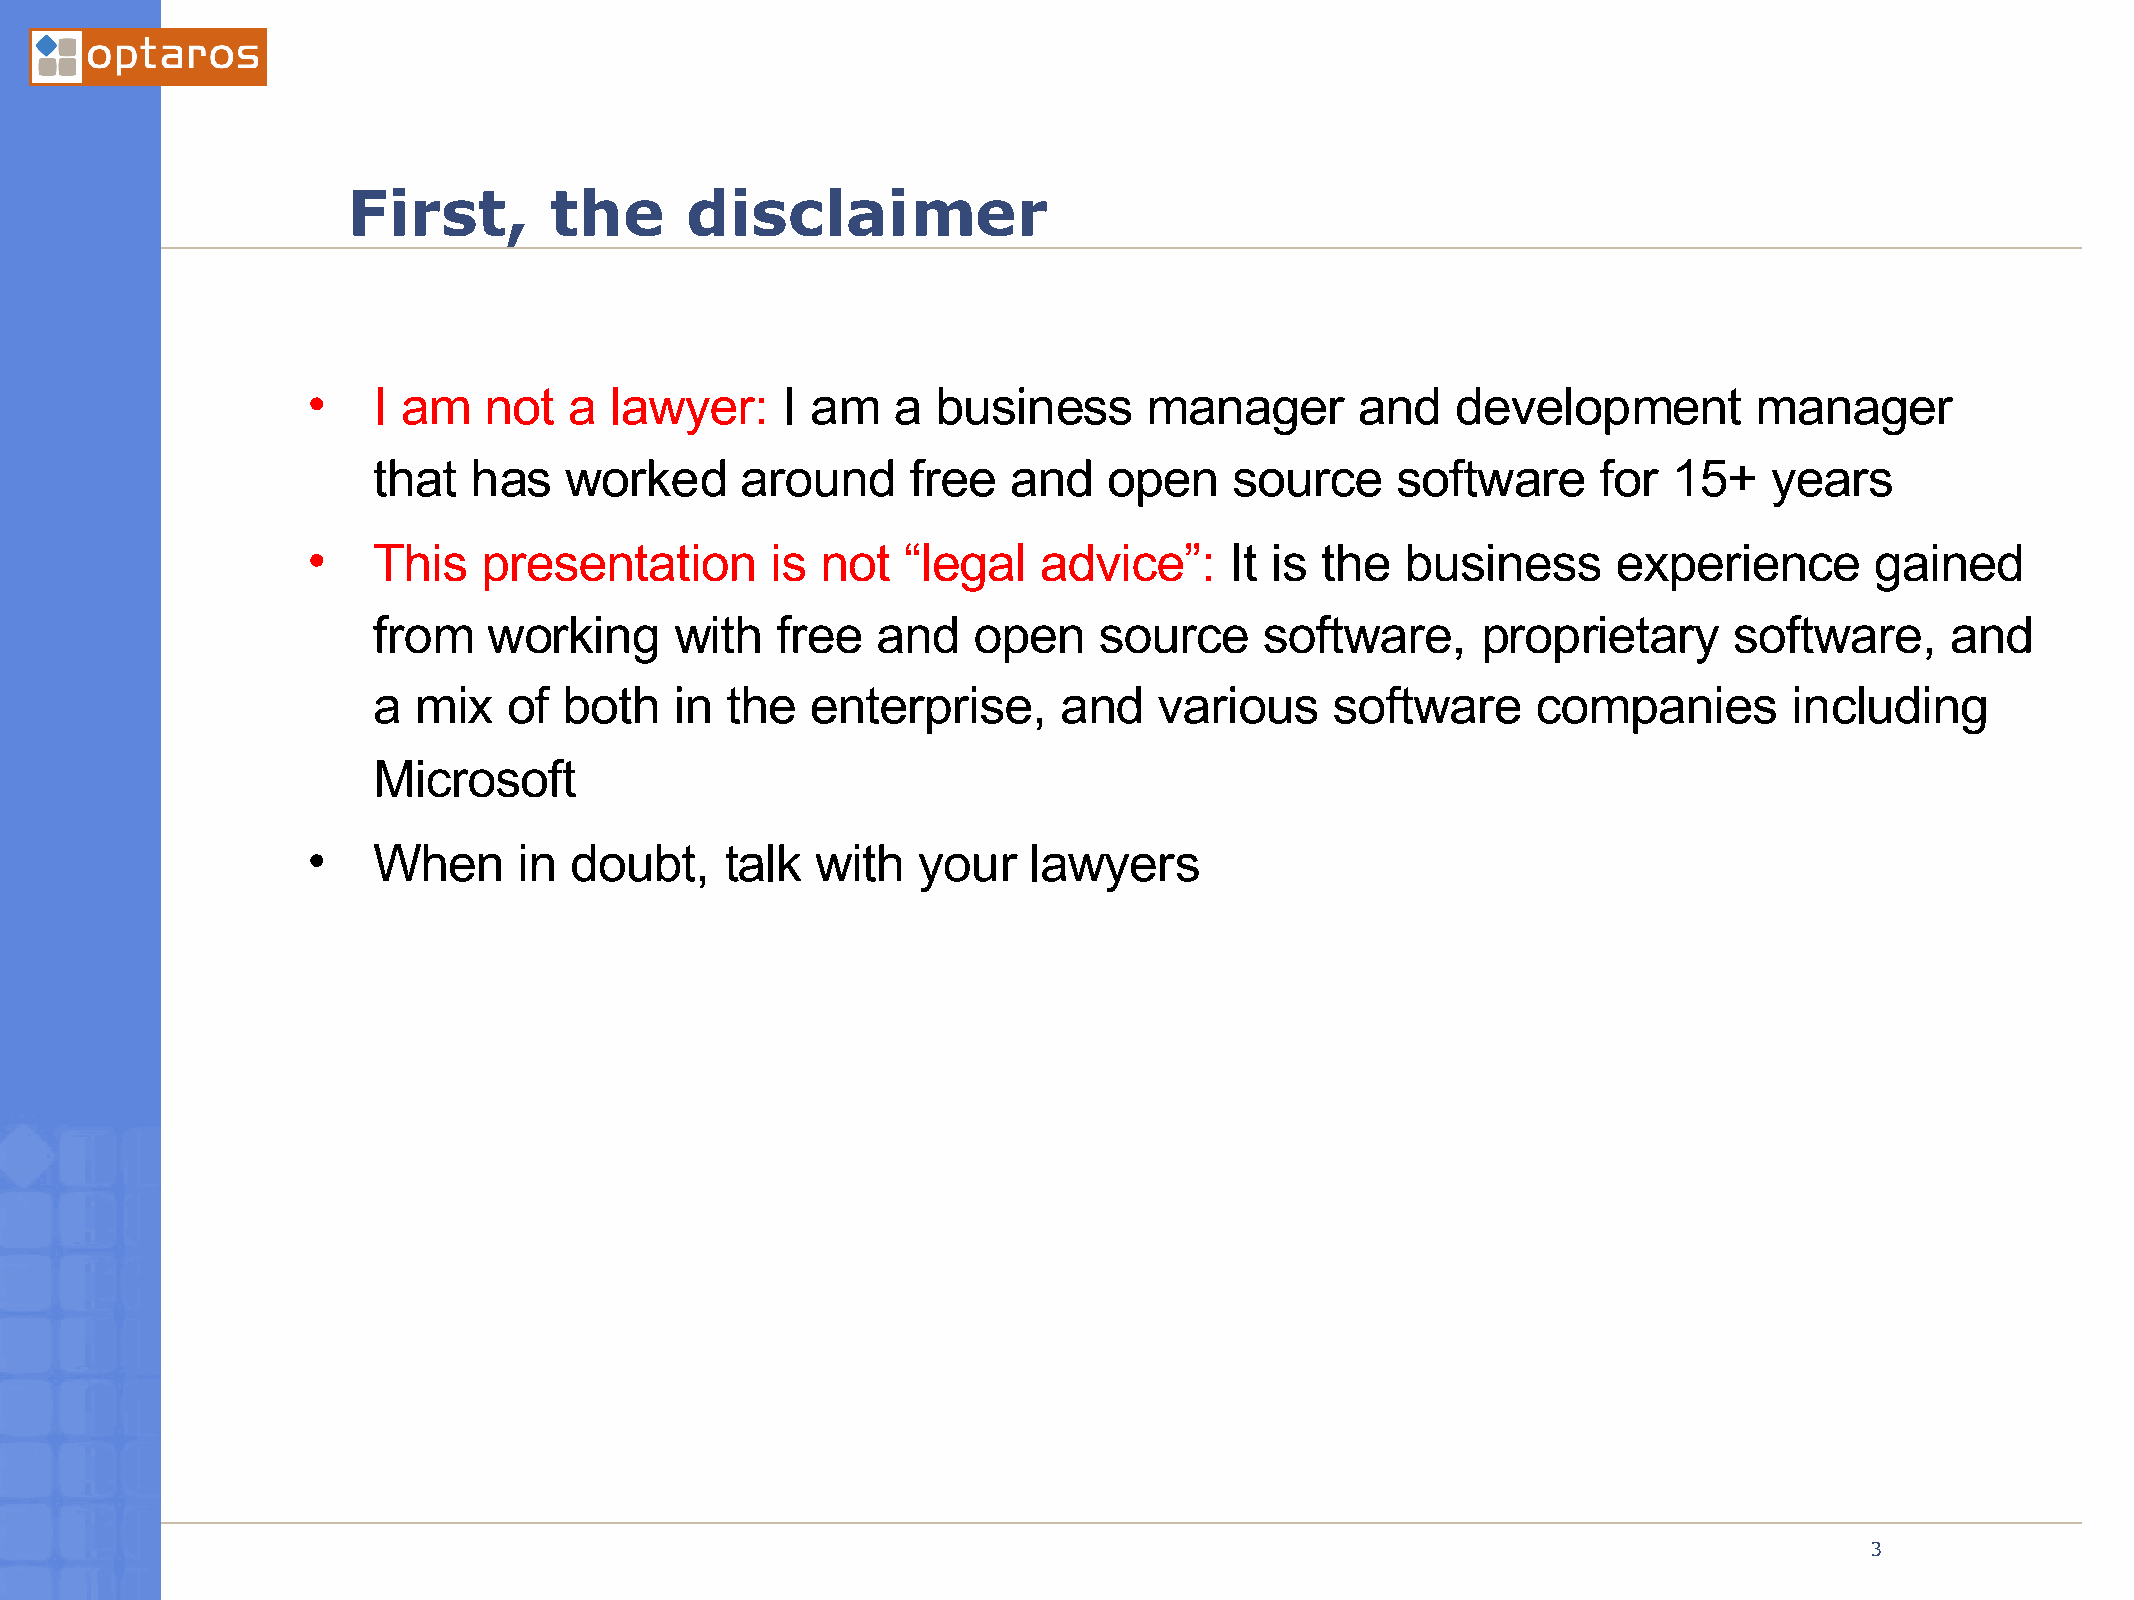
First,       the      disclaimer
 •    I am   not   a lawyer:     I am   a  business      manager       and   development         manager
 that  has   worked      around     free   and   open     source    software      for  15+   years
 •    This   presentation       is not   “legal   advice”:    It is the   business      experience       gained
 from   working      with  free   and   open     source     software,     proprietary      software,     and
 a mix    of both    in the   enterprise,     and    various    software      companies        including
 Microsoft
 •    When     in  doubt,    talk  with   your   lawyers
 03/21/2005
 3